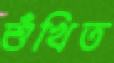
শুঁখিত